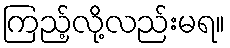
ကြည့်လို့လည်းမရ။